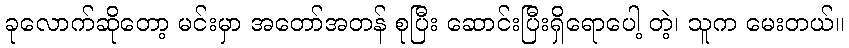
ခုလောက်ဆိုတော့ မင်းမှာ အတော်အတန် စုပြီး ဆောင်းပြီးရှိရောပေါ့ တဲ့၊ သူက မေးတယ်။